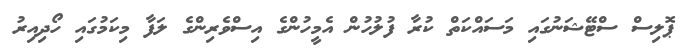
ޕޮލިސް ސްޓޭޝަނުގައި މަސައްކަތް ކުރާ ފުލުހުން އެމީހުންގެ އިސްވެރިންގެ ލަފާ މިކަމުގައި ހޯދިއިރު